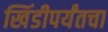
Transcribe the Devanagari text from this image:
खिंडीपर्यंतचा